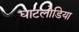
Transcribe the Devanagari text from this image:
घाटलोडिया